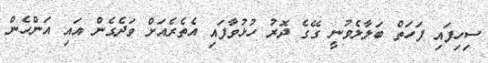
ސިހިފައި ފަހަތް ބަލާލެވުނީ ގޭގެ ދޮރު ހުޅުވާފައި އެތެރެއަށް ވަދެގެން އައި އަންހެން